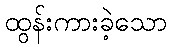
ထွန်းကားခဲ့သော